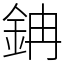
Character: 䤡